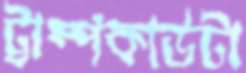
ট্রাম্পকার্ডটা